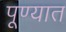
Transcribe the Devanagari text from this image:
पूण्यात